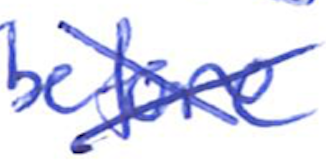
Text: before
Cross-out: cross
Writing tool: ballpoint